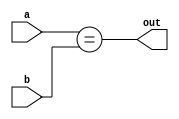
module EQ_Checker(a, b, out) ;
	parameter n = 4 ;
	input [n-1:0] a ;
	input [n-1:0] b ;
	output out ;
	
	assign out = (a == b);
	//
	//reg out ;
	//
	//always @(*) begin
		//if(a == b)
			//out <= 1 ;
		//else 
			//out <=0 ;
	//end
endmodule